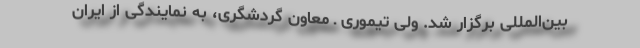
بین‌المللی برگزار شد. ولی تیموری ـ معاون گردشگری، به نمایندگی از ایران